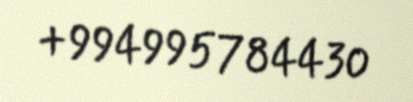
+994995784430